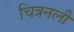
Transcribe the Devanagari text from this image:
चित्रनली